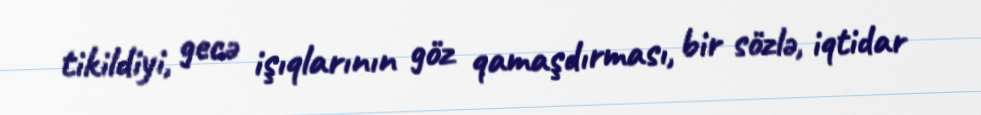
tikildiyi, gecə işıqlarının göz qamaşdırması, bir sözlə, iqtidar